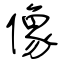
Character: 像